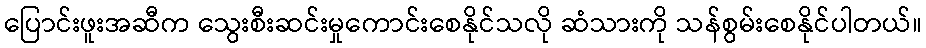
ပြောင်းဖူးအဆီက သွေးစီးဆင်းမှုကောင်းစေနိုင်သလို ဆံသားကို သန်စွမ်းစေနိုင်ပါတယ်။